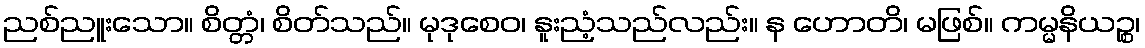
ညစ်ညူးသော။ စိတ္တံ၊ စိတ်သည်။ မုဒုစေဝ၊ နူးညံ့သည်လည်း။ န ဟောတိ၊ မဖြစ်။ ကမ္မနိယဉ္စ၊